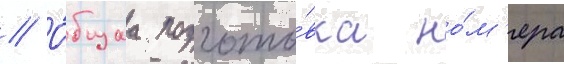
// О́бщаа подгото́вка но́м'ера